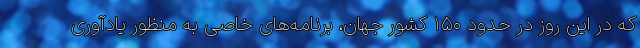
که در این روز در حدود ۱۵۰ کشور جهان، برنامه‌های خاصی به منظور یادآوری